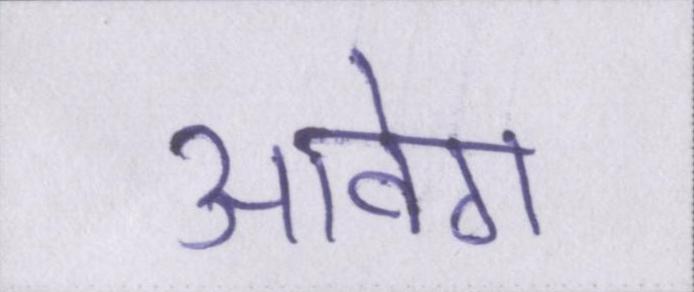
आवेग